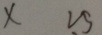
\times 2 5